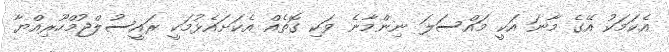
އެކަމަކު އޭގެ މާނަ އަކީ މައްސަލަ ނިންމާނެ ވަކި ގޮތެއް އެކަށައެޅުމަކީ ރައީސުލްޖުމްހޫރިއްޔާ